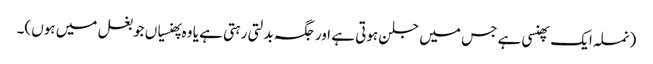
(نملہ ایک پھنسی ہے جس میں جلن ہوتی ہے اور جگہ بدلتی رہتی ہے یا وہ پھنسیاں جو بغل میں ہوں)۔